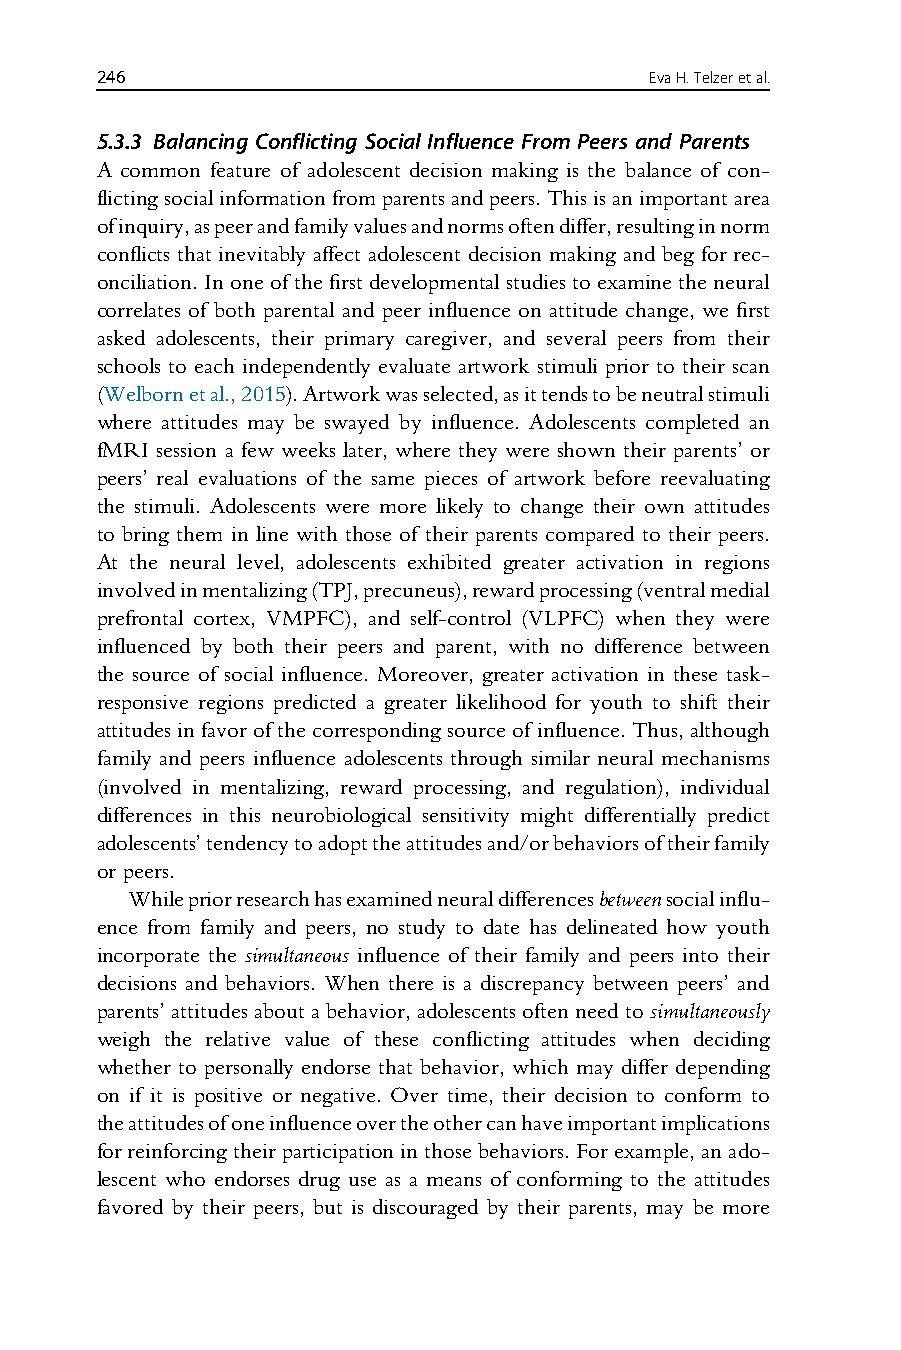
246                                  EvaH.Telzeretal.
 5.3.3 Balancing Conflicting Social Influence From Peers and Parents
 A common feature of adolescent decision making is the balance of con-
 flictingsocialinformationfromparentsandpeers.Thisisanimportantarea
 ofinquiry,aspeerandfamilyvaluesandnormsoftendiffer,resultinginnorm
 conflicts that inevitably affect adolescent decision making and beg for rec-
 onciliation.Inoneofthefirstdevelopmentalstudiestoexaminetheneural
 correlates of both parental and peer influence on attitude change, we first
 asked adolescents, their primary caregiver, and several peers from their
 schools to each independently evaluate artwork stimuli prior to their scan
 (Welbornetal.,2015).Artworkwasselected,asittendstobeneutralstimuli
 where attitudes may be swayed by influence. Adolescents completed an
 fMRI session a few weeks later, where they were shown their parents’ or
 peers’ real evaluations of the same pieces of artwork before reevaluating
 the stimuli. Adolescents were more likely to change their own attitudes
 to bring them in line with those of their parents compared to their peers.
 At the neural level, adolescents exhibited greater activation in regions
 involvedinmentalizing(TPJ,precuneus),rewardprocessing(ventralmedial
 prefrontal cortex, VMPFC), and self-control (VLPFC) when they were
 influenced by both their peers and parent, with no difference between
 the source of social influence. Moreover, greater activation in these task-
 responsive regions predicted a greater likelihood for youth to shift their
 attitudes infavor of thecorrespondingsource of influence. Thus,although
 family and peers influence adolescents through similar neural mechanisms
 (involved in mentalizing, reward processing, and regulation), individual
 differences in this neurobiological sensitivity might differentially predict
 adolescents’tendencytoadopttheattitudesand/orbehaviorsoftheirfamily
 or peers.
 Whilepriorresearchhasexaminedneuraldifferencesbetweensocialinflu-
 ence from family and peers, no study to date has delineated how youth
 incorporate the simultaneous influence of their family and peers into their
 decisions and behaviors. When there is a discrepancy between peers’ and
 parents’attitudes abouta behavior, adolescentsoften need to simultaneously
 weigh the relative value of these conflicting attitudes when deciding
 whether to personally endorse that behavior, which may differ depending
 on if it is positive or negative. Over time, their decision to conform to
 theattitudesofoneinfluenceovertheothercanhaveimportantimplications
 forreinforcingtheirparticipationinthosebehaviors.Forexample,anado-
 lescent who endorses drug use as a means of conforming to the attitudes
 favored by their peers, but is discouraged by their parents, may be more